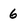
Character: 6